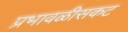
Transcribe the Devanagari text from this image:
प्रभावळीसकट